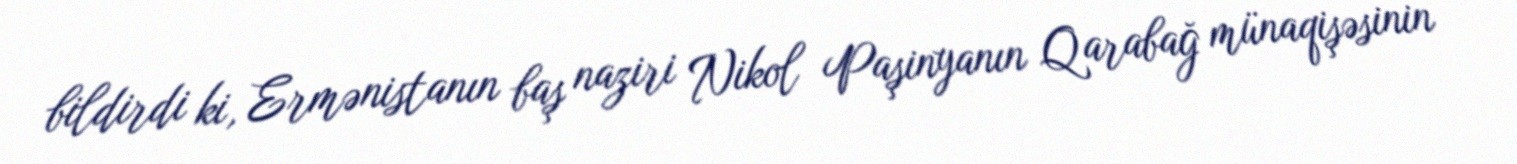
bildirdi ki, Ermənistanın baş naziri Nikol Paşinyanın Qarabağ münaqişəsinin